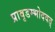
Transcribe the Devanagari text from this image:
प्रावृडम्भोदवत्